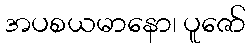
အပစယမာနော၊ ပူဇော်